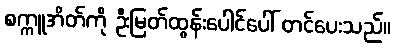
စက္ကူအိတ်ကို ဦးမြတ်ထွန်းပေါင်ပေါ် တင်ပေးသည်။